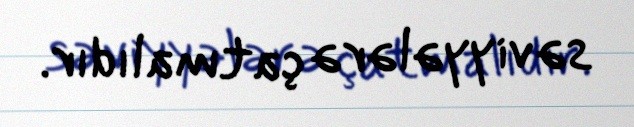
səviyyələrə çatmalıdır.